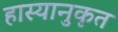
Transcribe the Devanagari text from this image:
हास्यानुकृत